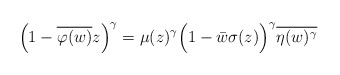
\begin{align*}\Big(1-\overline{\varphi(w)}z\Big)^{\gamma} & = \mu(z)^{\gamma}\Big(1-\bar{w}\sigma(z)\Big)^{\gamma}\overline{\eta(w)^{\gamma}}\end{align*}